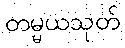
တမ္မယသုတ်